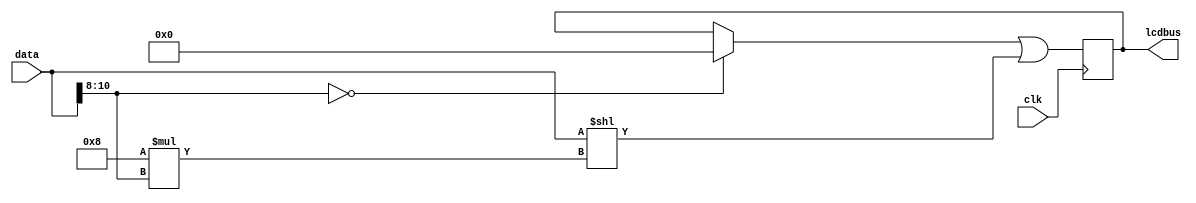
module LCDdebug #(parameter n=8, bits=8)(input clk, input [bits+3-1:0]data, output reg [n*bits-1:0]lcdbus);
	
	wire[2:0] i = data[bits+2:bits];
	wire[bits-1:0] val = data[bits-1:0];

	
	always@(posedge clk)
	begin
		begin
			if(i == 0)
				lcdbus = 0;
			lcdbus <= lcdbus | (data << 8*i);
		end
	end
		

endmodule